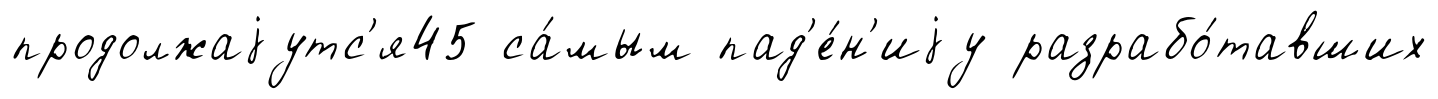
продолжаjутс'я45 са́мым пад'е́н'иjу разрабо́тавших